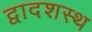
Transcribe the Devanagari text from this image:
द्वादशस्थ